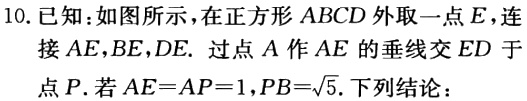
10. 已知：如图所示，在正方形 \(ABCD\) 外取一点 \(E\)，连接 \(AE,BE,DE\). 过点 \(A\) 作 \(AE\) 的垂线交 \(ED\) 于点 \(P\). 若 \(AE = AP = 1\)，\(PB=\sqrt{5}\). 下列结论：